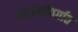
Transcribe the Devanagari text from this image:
शेतकरीवर्गात